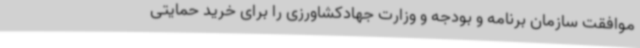
موافقت سازمان برنامه و بودجه و وزارت جهادکشاورزی را برای خرید حمایتی